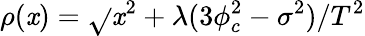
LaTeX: \rho(\mathit{x})=\sqrt{}{{\mathit{x}^{2}+\lambda(3\phi_{c}^{2}-\sigma^{2})/T^{2}}}